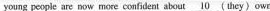
young people are now more confident about \underline{10} ( they ) own